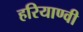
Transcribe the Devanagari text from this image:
हरियाण्वी